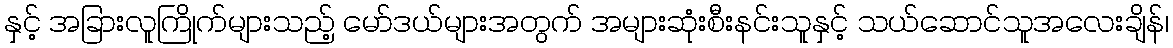
နှင့် အခြားလူကြိုက်များသည့် မော်ဒယ်များအတွက် အများဆုံးစီးနင်းသူနှင့် သယ်ဆောင်သူအလေးချိန်၊